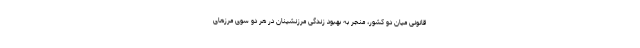
قانونی میان دو کشور، منجر به بهبود زندگی مرزنشینان در هر دو سوی مرزهای